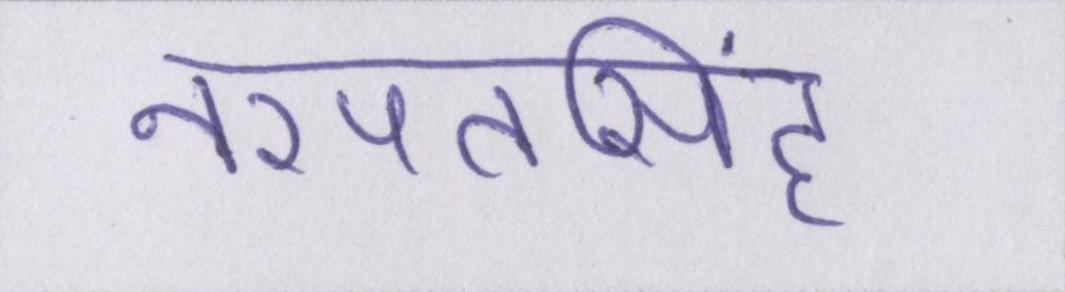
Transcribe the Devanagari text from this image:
नरपतसिंह